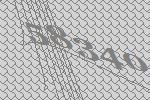
58340